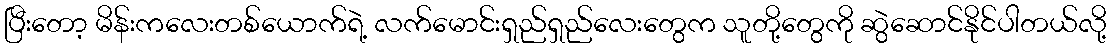
ပြီးတော့ မိန်းကလေးတစ်ယောက်ရဲ့ လက်မောင်းရှည်ရှည်လေးတွေက သူတို့တွေကို ဆွဲဆောင်နိုင်ပါတယ်လို့